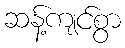
ဆန့်ကျင်စွာ